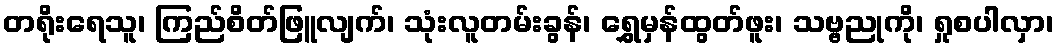
တရိုးရေသူ၊ ကြည်စိတ်ဖြူလျက်၊ သုံးလူတမ်းခွန်၊ ရွှေမှန်ထွတ်ဖူး၊ သဗ္ဗညုကို၊ ရှုစပါလှာ၊